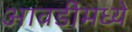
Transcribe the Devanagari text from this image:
आवडींमध्ये